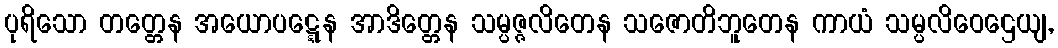
ပုရိသော တတ္တေန အယောပဋ္ဋေန အာဒိတ္တေန သမ္ပဇ္ဇလိတေန သဇောတိဘူတေန ကာယံ သမ္ပလိဝေဌေယျ,